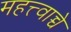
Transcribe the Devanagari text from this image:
महत्त्वाच्चे